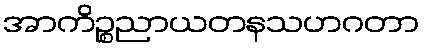
အာကိဉ္စညာယတနသဟဂတာ